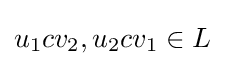
u_{1}cv_{2},u_{2}cv_{1}\in L